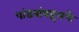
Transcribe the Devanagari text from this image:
पांडवांबद्दलचे